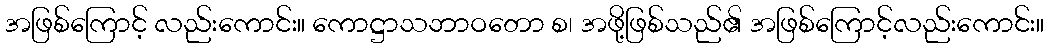
အဖြစ်ကြောင့် လည်းကောင်း။ ကောဋ္ဌာသဘာဝတော စ၊ အဖို့ဖြစ်သည်၏ အဖြစ်ကြောင့်လည်းကောင်း။